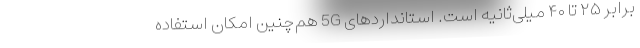
برابر ۲۵ تا ۴۰ میلی‌ثانیه است. استانداردهای 5G هم‌چنین امکان استفاده